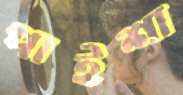
পাইশা